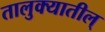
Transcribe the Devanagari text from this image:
तालुक्यातील्